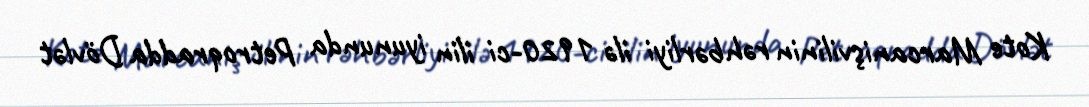
Kote Marcanişvilinin rəhbərliyi ilə 1920-ci ilin iyununda Petroqradda Dövlət